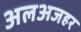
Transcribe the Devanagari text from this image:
अलअजहर